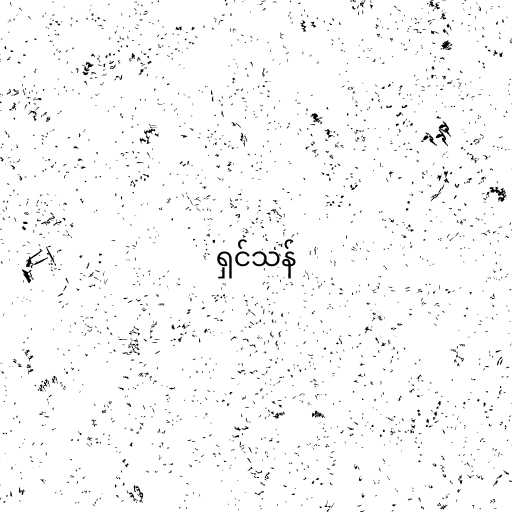
ရှင်သန်